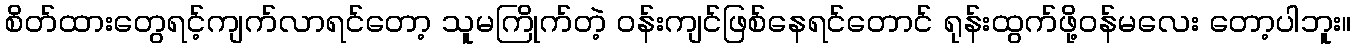
စိတ်ထားတွေရင့်ကျက်လာရင်တော့ သူမကြိုက်တဲ့ ဝန်းကျင်ဖြစ်နေရင်တောင် ရုန်းထွက်ဖို့ဝန်မလေး တော့ပါဘူး။